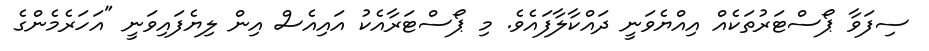
ސިފަވާ ޕޯސްޓަރުތަކެއް އިއްޔެވަނީ ދައްކާލާފައެވެ. މި ޕޯސްޓަރާއެކު އައިއެސް އިން ލިޔެފައިވަނީ "އަހަރެމެންގެ